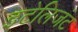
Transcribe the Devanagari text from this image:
इटेलिजंट